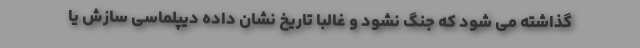
گذاشته می شود که جنگ نشود و غالباً تاریخ نشان داده دیپلماسی سازش یا